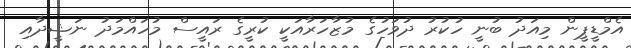
އެމްޑީޕީން މިއަދު ބުނީ ހުކުރު ދުވަހުގެ މުޒާހަރާއަކީ ކުރީގެ ރައީސް މުހައްމަދު ނަޝީދާއި